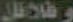
وفلافل